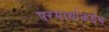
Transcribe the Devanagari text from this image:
परमार्थाकडेच